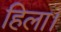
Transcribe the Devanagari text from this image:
हिला।